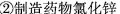
②制造药物氯化锌